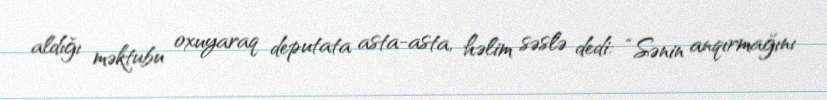
aldığı məktubu oxuyaraq deputata asta-asta, həlim səslə dedi: “Sənin anqırmağını